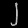
Digit: ၂